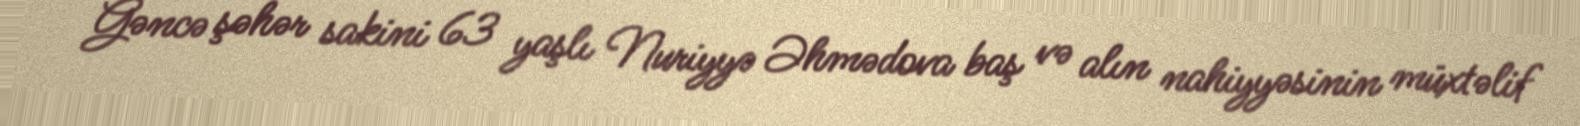
Gəncə şəhər sakini 63 yaşlı Nuriyyə Əhmədova baş və alın nahiyyəsinin müxtəlif